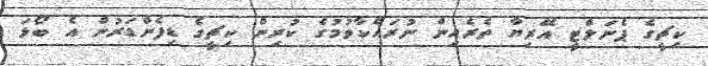
ކިޗީގެ ޕެނަލްޓީ އޭރިޔާ ތެރެއިން ނުރައްކާވުމުގެ ކުރިން ކިޗީގެ ޑިފެންޑަރުން އެ ބޯޅަ